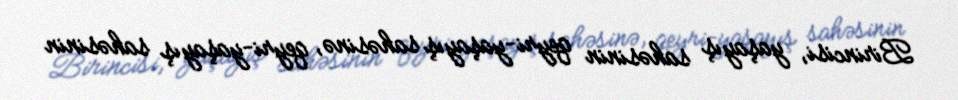
Birincisi, yaşayış sahəsinin qeyri-yaşayış sahəsinə, qeyri-yaşayış sahəsinin